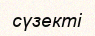
сүзекті